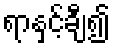
ရာနှင့်ချီ၍